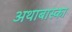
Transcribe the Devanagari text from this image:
अथाबास्का